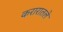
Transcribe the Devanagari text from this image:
करारातले